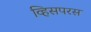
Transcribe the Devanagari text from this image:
व्हिसपरस